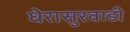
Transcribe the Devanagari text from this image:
घेरासुरवाडी